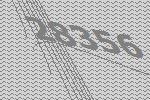
28356